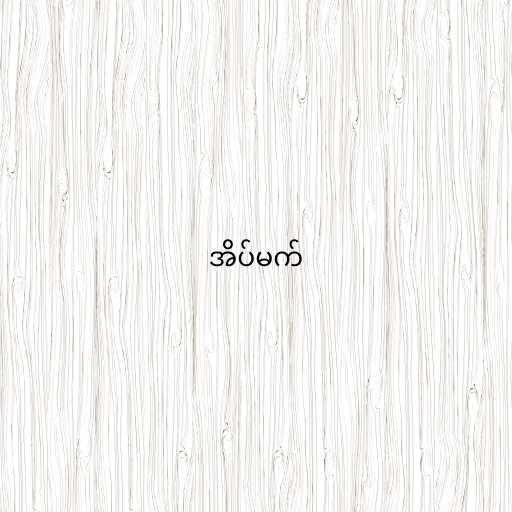
အိပ်မက်